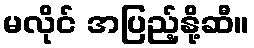
မလိုင် အပြည့်နို့ဆီ။